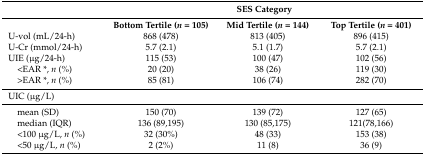
<table><thead><tr><td></td><td colspan="3"><b>SES Category</b></td></tr><tr><td></td><td><b>Bottom Tertile (<i>n</i> = 105)</b></td><td><b>Mid Tertile (<i>n</i> = 144)</b></td><td><b>Top Tertile (<i>n</i> = 401)</b></td></tr></thead><tbody><tr><td>U-vol (mL/24-h)</td><td>868 (478)</td><td>813 (405)</td><td>896 (415)</td></tr><tr><td>U-Cr (mmol/24-h)</td><td>5.7 (2.1)</td><td>5.1 (1.7)</td><td>5.7 (2.1)</td></tr><tr><td>UIE (μg/24-h)</td><td>115 (53)</td><td>100 (47)</td><td>102 (56)</td></tr><tr><td> &lt;EAR *, <i>n</i> (%)</td><td>20 (20)</td><td>38 (26)</td><td>119 (30)</td></tr><tr><td> &gt;EAR *, <i>n</i> (%)</td><td>85 (81)</td><td>106 (74)</td><td>282 (70)</td></tr><tr><td>UIC (μg/L)</td><td></td><td></td><td></td></tr><tr><td> mean (SD)</td><td>150 (70)</td><td>139 (72)</td><td>127 (65)</td></tr><tr><td> median (IQR)</td><td>136 (89,195)</td><td>130 (85,175)</td><td>121(78,166)</td></tr><tr><td> &lt;100 μg/L, <i>n</i> (%)</td><td>32 (30%)</td><td>48 (33)</td><td>153 (38)</td></tr><tr><td> &lt;50 μg/L, <i>n</i> (%)</td><td>2 (2%)</td><td>11 (8)</td><td>36 (9)</td></tr></tbody></table>